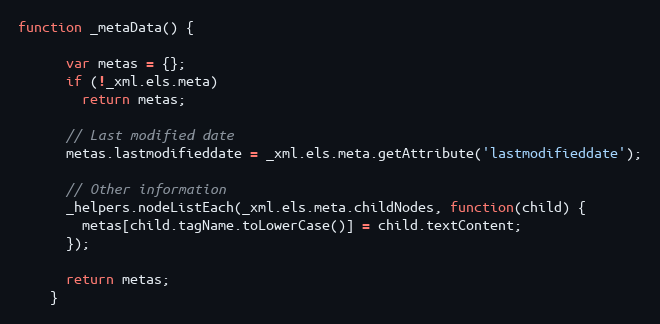
Language: JavaScript
function _metaData() {

      var metas = {};
      if (!_xml.els.meta)
        return metas;

      // Last modified date
      metas.lastmodifieddate = _xml.els.meta.getAttribute('lastmodifieddate');

      // Other information
      _helpers.nodeListEach(_xml.els.meta.childNodes, function(child) {
        metas[child.tagName.toLowerCase()] = child.textContent;
      });

      return metas;
    }